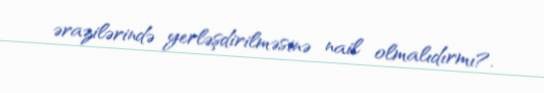
ərazilərində yerləşdirilməsinə nail olmalıdırmı?.